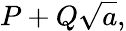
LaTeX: P+Q{\sqrt{a}},